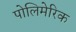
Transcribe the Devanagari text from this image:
पोलिमेरिक